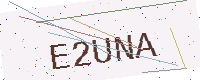
Text: E2UNA